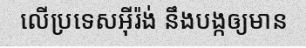
លើប្រទេសអ៊ីរ៉ង់ នឹងបង្កឲ្យមាន